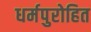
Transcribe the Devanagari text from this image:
धर्मपुरोहित